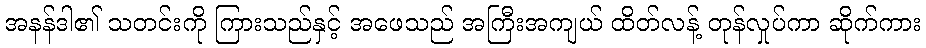
အနန်ဒါ၏ သတင်းကို ကြားသည်နှင့် အဖေသည် အကြီးအကျယ် ထိတ်လန့် တုန်လှုပ်ကာ ဆိုက်ကား